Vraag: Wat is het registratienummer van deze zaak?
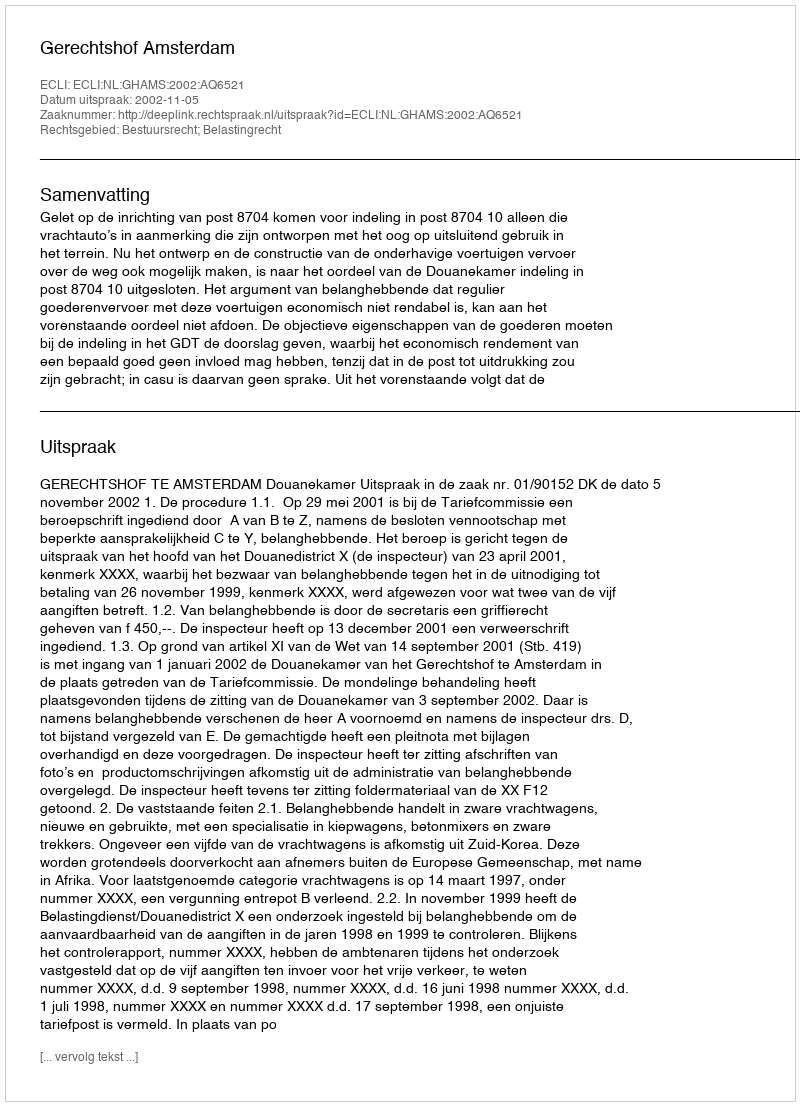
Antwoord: http://deeplink.rechtspraak.nl/uitspraak?id=ECLI:NL:GHAMS:2002:AQ6521